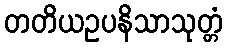
တတိယဥပနိသာသုတ္တံ